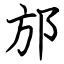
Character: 邡